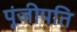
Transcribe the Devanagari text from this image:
पूंजीपति